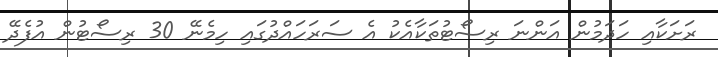
ރަށަކާއި ހަދަމުން އަންނަ ރިސޯޓުތަކާއެކު އެ ސަރަހައްދުގައި ހިމެނޭ 30 ރިސޯޓުން އުފެދޭ